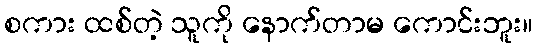
စကား ထစ်တဲ့ သူကို နောက်တာမ ကောင်းဘူး။